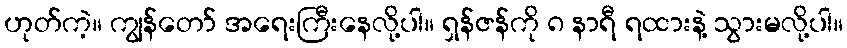
ဟုတ်ကဲ့။ ကျွန်တော် အရေးကြီးနေလို့ပါ။ ရှန်ဇန်ကို ၈ နာရီ ရထားနဲ့ သွားမလို့ပါ။